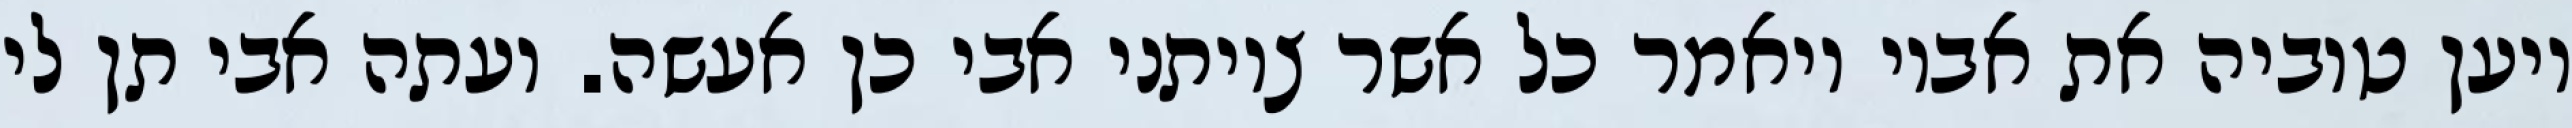
ויען טוביה את אביו ויאמר כל אשר צויתני אבי כן אעשה. ועתה אבי תן לי